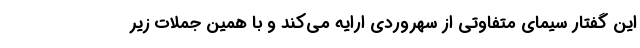
این گفتار سیمای متفاوتی از سهروردی ارایه می‌کند و با همین جملات زیر